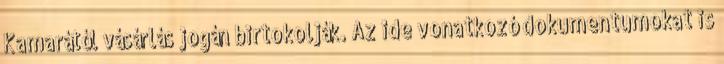
Kamarától vásárlás jogán birtokolják. Az ide vonatkozó dokumentumokat is